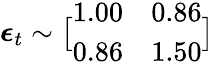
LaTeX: \displaystyle\boldsymbol{\epsilon}_{t}\sim\bigl[\begin{array}{ll}{1.00}&{0.86}\\ {0.86}&{1.50}\end{array}\bigr]